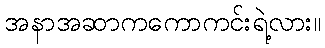
အနာအဆာကကောကင်းရဲ့လား။